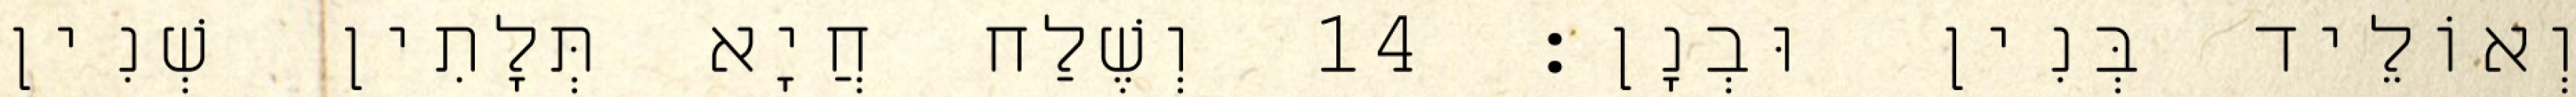
וְאוֹלֵיד בְּנִין וּבְנָן׃ 14 וְשֶׁלַח חֲיָא תְּלָתִין שְׁנִין